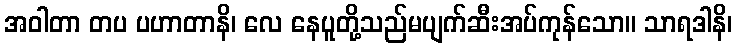
အဝါတာ တပ ပဟာတာနိ၊ လေ နေပူတို့သည်မပျက်ဆီးအပ်ကုန်သော။ သာရဒါနိ၊